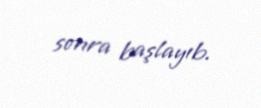
sonra başlayıb.